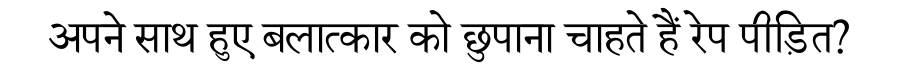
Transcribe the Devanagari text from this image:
अपने साथ हुए बलात्कार को छुपाना चाहते हैं रेप पीड़ित?